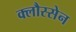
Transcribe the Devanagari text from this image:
क्लौस्सेन